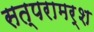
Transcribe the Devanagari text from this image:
सत्परामर्श